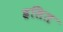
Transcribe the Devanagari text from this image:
ह्रसित